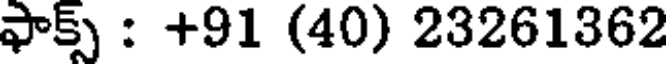
ఫాక్స్ : +91 (40) 23261362